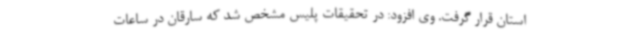
استان قرار گرفت. وی افزود: در تحقیقات پلیس مشخص شد که سارقان در ساعات